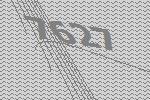
7627